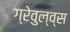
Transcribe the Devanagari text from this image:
ग्रेवुल्व्स